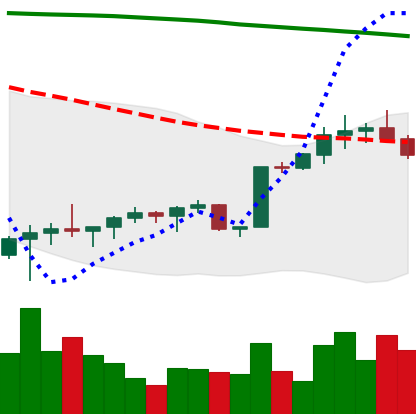
Ticker: BTC-USD
Chart end date: 2022-02-11
Forward return: 3.664%
Label: up_3_5